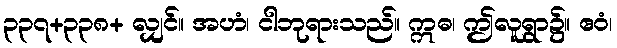
၃၃၇+၃၃၈+ လျှင်။ အဟံ၊ ငါဘုရားသည်။ ဣဓ၊ ဤလူရွာ၌။ ဧဝံ၊